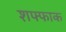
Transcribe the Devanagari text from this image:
शफ्फाक